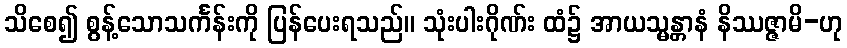
သိစေ၍ စွန့်သောသင်္ကန်းကို ပြန်ပေးရသည်။ သုံးပါးဂိုဏ်း ထံ၌ အာယသ္မန္တာနံ နိဿဇ္ဇာမိ-ဟု